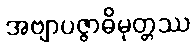
အဗျာပဇ္ဇာဓိမုတ္တဿ